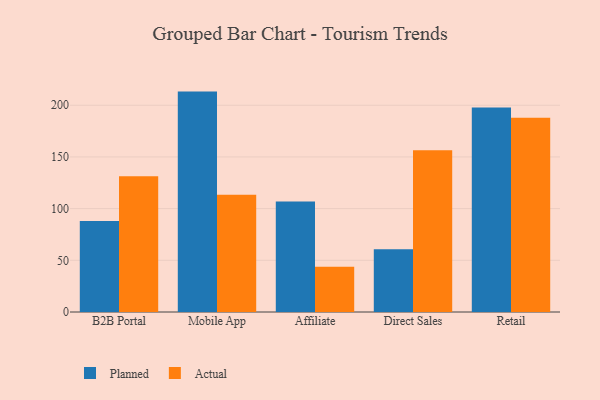
{"axis": {"x": "Channel", "y": "Gross Profit (USD K)"}, "legend": ["Actual", "Planned"], "data": [{"x": "B2B Portal", "y": 88.1, "type": "Planned"}, {"x": "B2B Portal", "y": 131.2, "type": "Actual"}, {"x": "Mobile App", "y": 213.2, "type": "Planned"}, {"x": "Mobile App", "y": 113.5, "type": "Actual"}, {"x": "Affiliate", "y": 106.8, "type": "Planned"}, {"x": "Affiliate", "y": 43.8, "type": "Actual"}, {"x": "Direct Sales", "y": 60.8, "type": "Planned"}, {"x": "Direct Sales", "y": 156.5, "type": "Actual"}, {"x": "Retail", "y": 197.9, "type": "Planned"}, {"x": "Retail", "y": 187.9, "type": "Actual"}]}